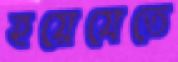
হয়েযেতে